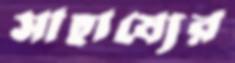
সাহায্যের